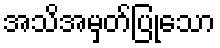
အသိအမှတ်ပြုသော